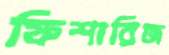
ফিশারিজ